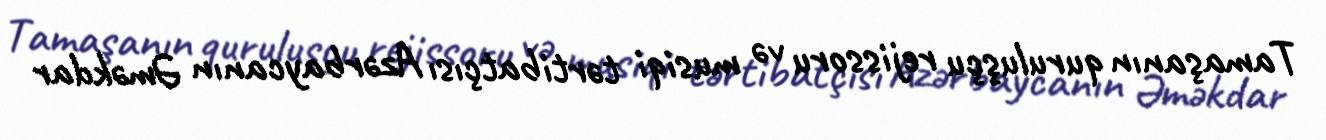
Tamaşanın quruluşçu rejissoru və musiqi tərtibatçısı Azərbaycanın Əməkdar